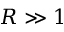
R \gg 1